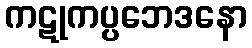
ကဋုကပ္ပဘေဒနော